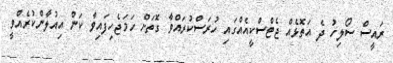
ރައީސް ސޯލިހު ދެ އަތޮޅެއް ޖެޓްސްކީއެއްގައި ހުރަސްކުރައްވާ ގޮތަށް ހަމަޖެހިފައިވާ ކަން އިއުލާންކުރެއްވީ